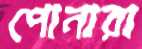
পোনারা